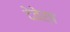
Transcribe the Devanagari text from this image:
देवेर्ष